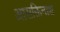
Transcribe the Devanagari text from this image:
आसक्तिनाश